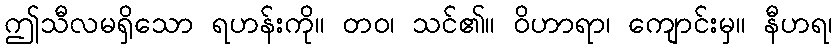
ဤသီလမရှိသော ရဟန်းကို။ တဝ၊ သင်၏။ ဝိဟာရာ၊ ကျောင်းမှ။ နီဟရ၊